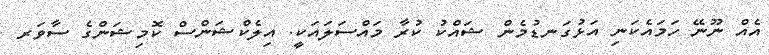
އެއް ނޫނޭ ހަމައެކަނި އަޅުގަނޑުމެން ޝައްކު ކުރާ މައްސަލައަކީ. އިލެކްޝަންސް ކޮމިޝަންގެ ސާވަރ